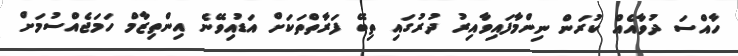
ހާއްސަ ދުވާއެއް ކުރަން ނިންމާފައިވާއިރު ދުރުގައި ތިބޭ ފަރާތްތަކަށް އަޑުއިވޭނެ އިންތިޒާމް ހަމަޖެއްސުމަށް